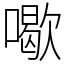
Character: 𠿒